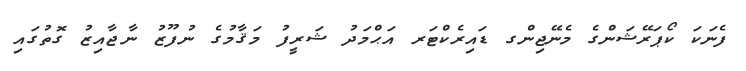
ފެނަކަ ކޯޕަރޭޝަންގެ މެނޭޖިންގ ޑައިރެކްޓަރ އަޙްމަދު ޝަރީފު މަޤާމުގެ ނުފޫޒު ނާޖާއިޒު ގޮތުގައި